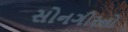
સોનગીરનો